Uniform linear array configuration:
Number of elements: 24
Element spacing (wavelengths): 1
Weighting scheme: binomial
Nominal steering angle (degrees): -45
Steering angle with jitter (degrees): -44.538
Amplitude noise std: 0.05
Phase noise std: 0.05

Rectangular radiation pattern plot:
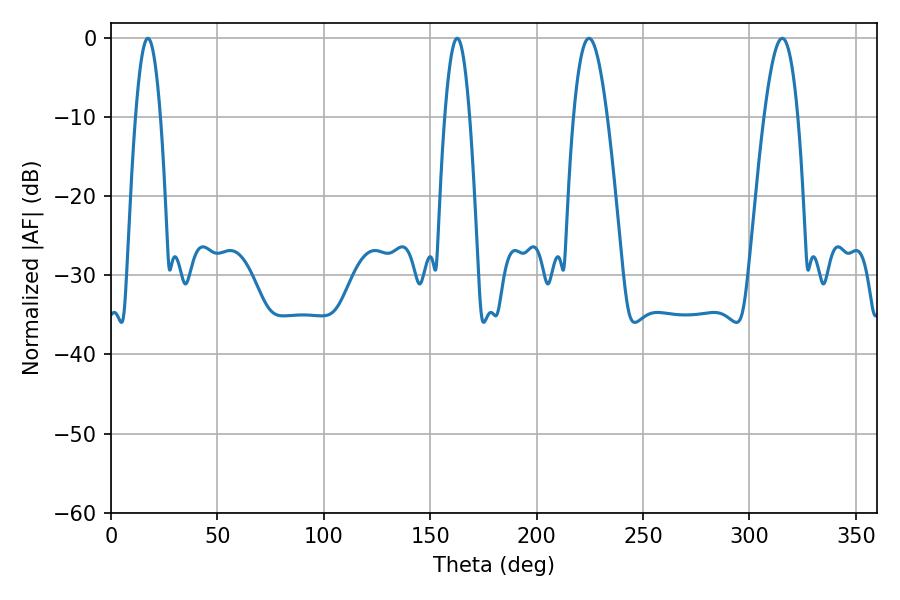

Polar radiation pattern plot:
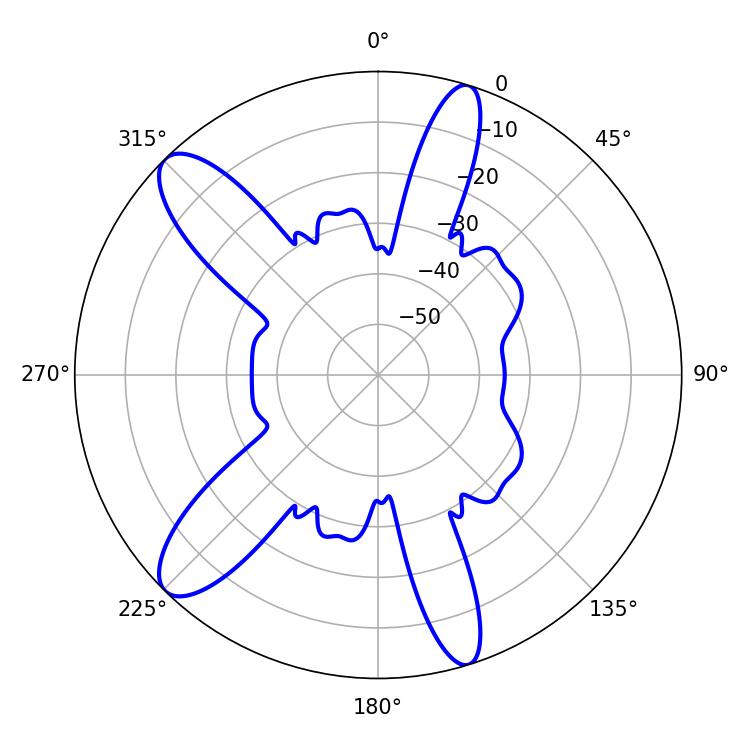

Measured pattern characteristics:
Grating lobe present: TRUE
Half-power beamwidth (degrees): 8.64
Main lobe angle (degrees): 224.64